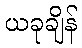
ယခုချိန်